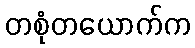
တစုံတယောက်က